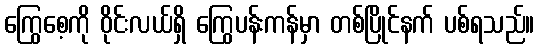
ကြွေစေ့ကို ဝိုင်းလယ်ရှိ ကြွေပန်းကန်မှာ တစ်ပြိုင်နက် ပစ်ရသည်။